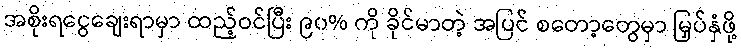
အစိုးရငွေချေးရာမှာ ထည့်ဝင်ပြီး ၉၀% ကို ခိုင်မာတဲ့ အပြင် စတော့တွေမှာ မြှပ်နှံဖို့